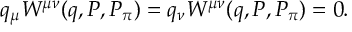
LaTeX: q _ { \mu } W ^ { \mu \nu } ( q , P , P _ { \pi } ) = q _ { \nu } W ^ { \mu \nu } ( q , P , P _ { \pi } ) = 0 .